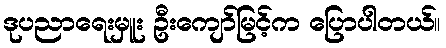
ဒုပညာရေးမှူး ဦးကျော်မြင့်က ပြောပါတယ်။